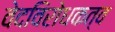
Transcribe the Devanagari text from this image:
वेदविरोधकत्व